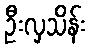
ဦးလှသိန်း